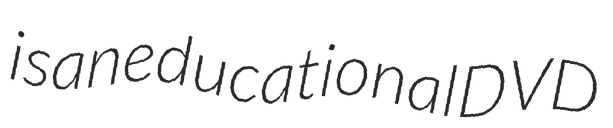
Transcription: is an educational DVD